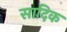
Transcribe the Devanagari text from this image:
सादिक